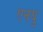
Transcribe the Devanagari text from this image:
एनयु